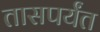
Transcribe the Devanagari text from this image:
तासपर्यंत